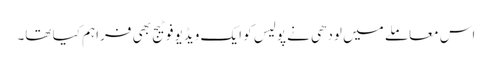
اس معاملے میں لودھی نے پولیس کو ایک ویڈیو فوٹیج بھی فراہم کیا تھا۔